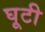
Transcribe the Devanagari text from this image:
घूटी